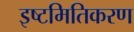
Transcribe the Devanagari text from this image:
इष्‍टमितिकरण